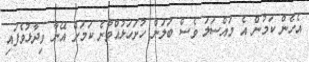
އެހެން ކަމުން އެ މައްސަލަ ވެސް ބަލަން ހުށަހަޅުއްވާނެ ކަމަށް އޭނާ ވިދާޅުވެފައި